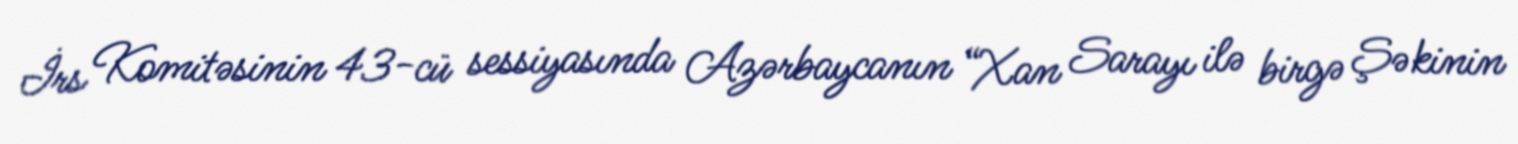
İrs Komitəsinin 43-cü sessiyasında Azərbaycanın “Xan Sarayı ilə birgə Şəkinin